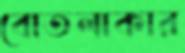
বোতলাকার